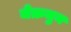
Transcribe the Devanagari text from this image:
मेक़मुन